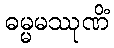
ဓမ္မမဿုဏိံ